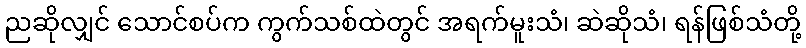
ညဆိုလျှင် သောင်စပ်က ကွက်သစ်ထဲတွင် အရက်မူးသံ၊ ဆဲဆိုသံ၊ ရန်ဖြစ်သံတို့